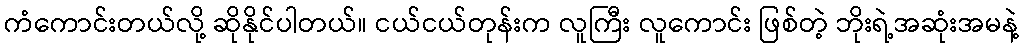
ကံကောင်းတယ်လို့ ဆိုနိုင်ပါတယ်။ ငယ်ငယ်တုန်းက လူကြီး လူကောင်း ဖြစ်တဲ့ ဘိုးရဲ့အဆုံးအမနဲ့